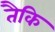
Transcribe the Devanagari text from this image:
तैकि